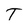
Character: T